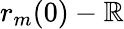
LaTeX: r_{m}(0)-\mathbb{R}